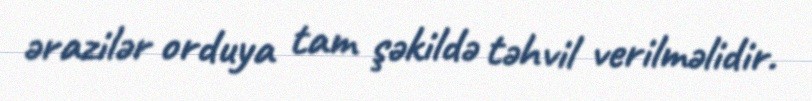
ərazilər orduya tam şəkildə təhvil verilməlidir.